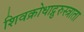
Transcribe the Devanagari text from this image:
शिवक्रोधाद्गुरुस्त्राता